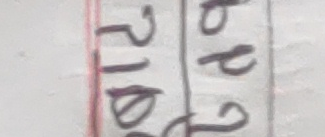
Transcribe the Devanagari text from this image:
२/७९